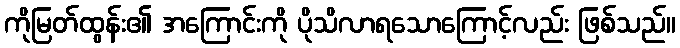
ကိုမြတ်ထွန်း၏ အကြောင်းကို ပိုသိလာရသောကြောင့်လည်း ဖြစ်သည်။